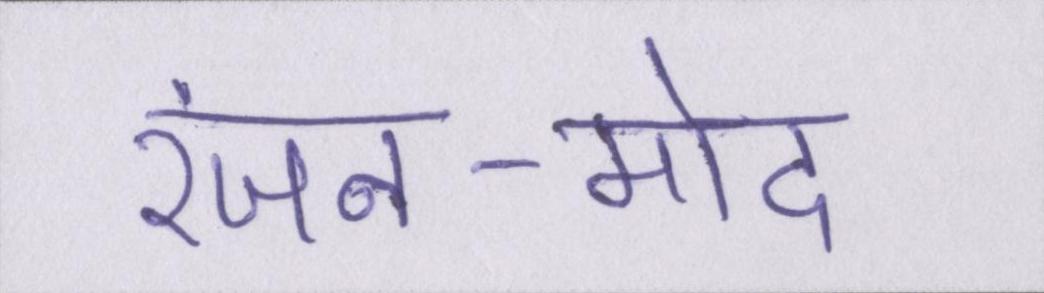
रंजन-मोद